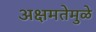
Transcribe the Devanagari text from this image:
अक्षमतेमुळे